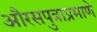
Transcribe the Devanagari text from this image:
औरसपुत्राप्रमाणे